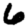
Digit: 6